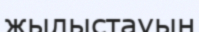
жылыстауын